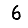
Digit: 6